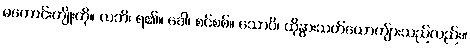
မကောင်းကျိုးကို။ လဘိ၊ ရ၏။ ခေါ၊ စင်စစ်။ သောပိ၊ ထိုနွားသတ်ယောကျ်ားသည်လည်း။